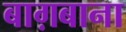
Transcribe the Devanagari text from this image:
बाग़बाना